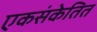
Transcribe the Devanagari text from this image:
एकसंकेतित